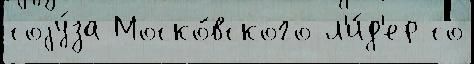
соjу́за Моско́вского л'и́д'ер со